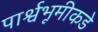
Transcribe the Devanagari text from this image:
पार्श्वभूमीकडे